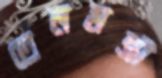
তেলমন্ত্রী